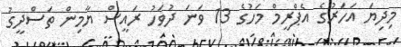
މިދިޔަ އަހަރުގެ އެޕްރީމް މަހުގެ 13 ވަނަ ދުވަހު ރައީސް ޔާމިން ތަސްދީގު